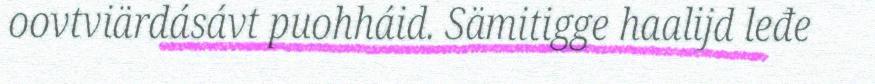
oovtviärdásávt puohháid. Sämitigge haalijd leđe